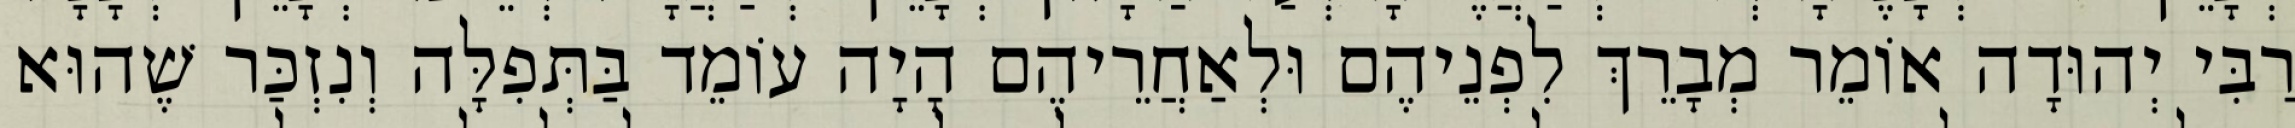
רַבִּי יְהוּדָה אוֹמֵר מְבָרֵךְ לִפְנֵיהֶם וּלְאַחֲרֵיהֶם הָיָה עוֹמֵד בַּתְּפִלָּה וְנִזְכַּר שֶׁהוּא